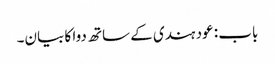
باب : عود ہندی کے ساتھ دوا کا بیان۔